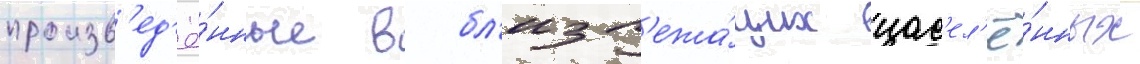
произв'ед'ё́нные в бл'изл'ежа́щих нас'ел'ё́нных